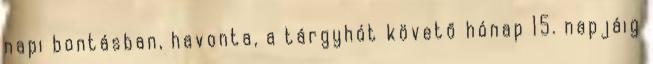
napi bontásban, havonta, a tárgyhót követő hónap 15. napjáig